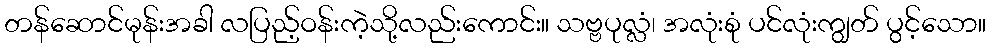
တန်ဆောင်မုန်းအခါ လပြည့်ဝန်းကဲ့သို့လည်းကောင်း။ သဗ္ဗပုလ္လံ၊ အလုံးစုံ ပင်လုံးကျွတ် ပွင့်သော။